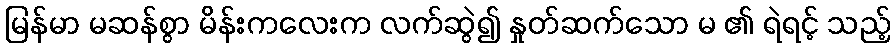
မြန်မာ မဆန်စွာ မိန်းကလေးက လက်ဆွဲ၍ နှုတ်ဆက်သော မ ၏ ရဲရင့် သည့်